Leaving Certificate Examination, 1906
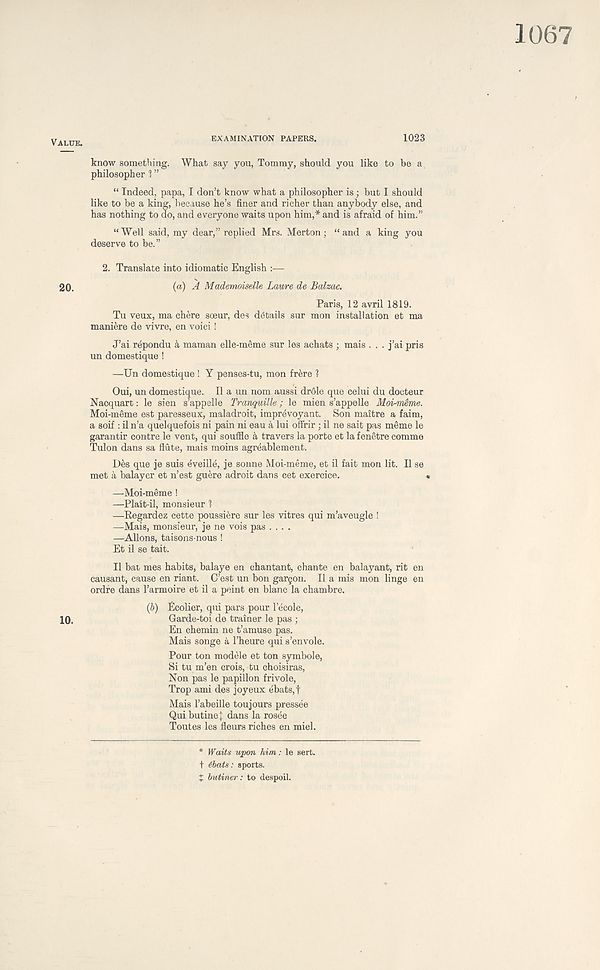
EXAMINATION PAPERS.
1023
know something. What say you, Tommy, should you like to be a
philosopher 1 ”
“ Indeed, papa, I don’t know what a philosopher is; but I should
like to be a king, because he’s finer and richer than anybody else, and
has nothing to do, and everyone waits upon him,* and is afraid of him.”
“Well said, my dear,” replied Mrs. Merton; “and a king you
deserve to be.”
2. Translate into idiomatic English :—
(a) A Mademoiselle Laure de Balzac.
Paris, 12 avril 1819.
Tu veux, ma chere sceur, des details sur mon installation et ma
maniere de vivre, en voici !
J’ai repondu 4 maman elle-meme sur les achats ; mais . . . j’ai pris
un domestique !
—Un domestique ! Y penses-tu, mon frere 1
Oui, un domestique. II a un nom aussi drdle que celui du docteur
Nacquart: le sien s’appelle Tranquille; le mien s’appelle Moi-meme.
Moi-meme est paresseux, maladroit, imprevoyant. Son maitre a faim,
a soif : il n’a quelquefois ni pain ni eau a lui offrir; il ne sait pas meme le
garantir centre le vent, qui souffle a travers la porte et la fenetre comme
Tulon dans sa flute, mais moins agreablement.
Des que je suis eveille, je sonne Moi-meme, et il fait mon lit. Il se
met a balayer et n’est guere adroit dans cet exercice.
—Moi-meme !
—Plait-il, monsieur 1
—Regardez cette poussiere sur les vitres qui m’aveugle !
—Mais, monsieur, je ne vois pas ....
—Aliens, taisons-nous !
Et il se tait.
Il bat mes habits, balaye en chantant, chante en balayant, rit en
causant, cause en riant. C’est un bon gargon. Il a mis mon linge en
ordfe dans 1’armoire et il a peint en blanc la chambre.
(6) Ecolier, qui pars pour 1’ecole,
Garde-toi de trainer le pas ;
En chemin ne t’amuse pas.
Mais songe a 1’heure qui s’envole.
Pour ton modele et ton symbole,
Si tu m’en crois, tu choisiras,
Non pas le papillon frivole,
Trop ami des joyeux ebats,f
Mais I’abeille toujours pressee
Qui butinej dans la rosee
Toutes les fleurs riches en miel.
* Waifs upon him: le sert.
t ibats: sports.
t butiner: to despoil.